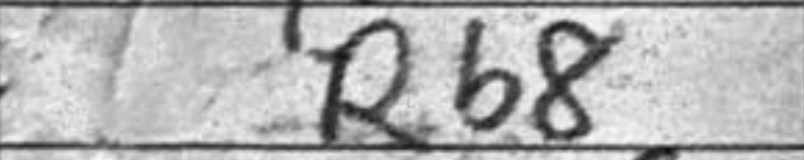
Transcription: Rb8